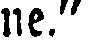
ne."